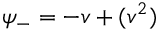
\psi _ { - } = - v + \O ( v ^ { 2 } )